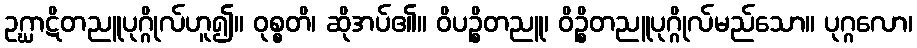
ဥဂ္ဃာဋိတညူပုဂ္ဂိုလ်ဟူ၍။ ဝုစ္စတိ၊ ဆိုအပ်၏။ ဝိပဉ္စိတညူ၊ ဝိဉ္စိတညူပုဂ္ဂိုလ်မည်သော။ ပုဂ္ဂလော၊